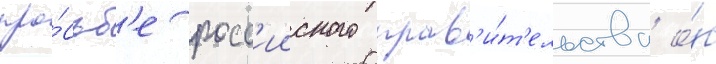
про́сьб'е росс'ииского прав'и́т'ельства о́б